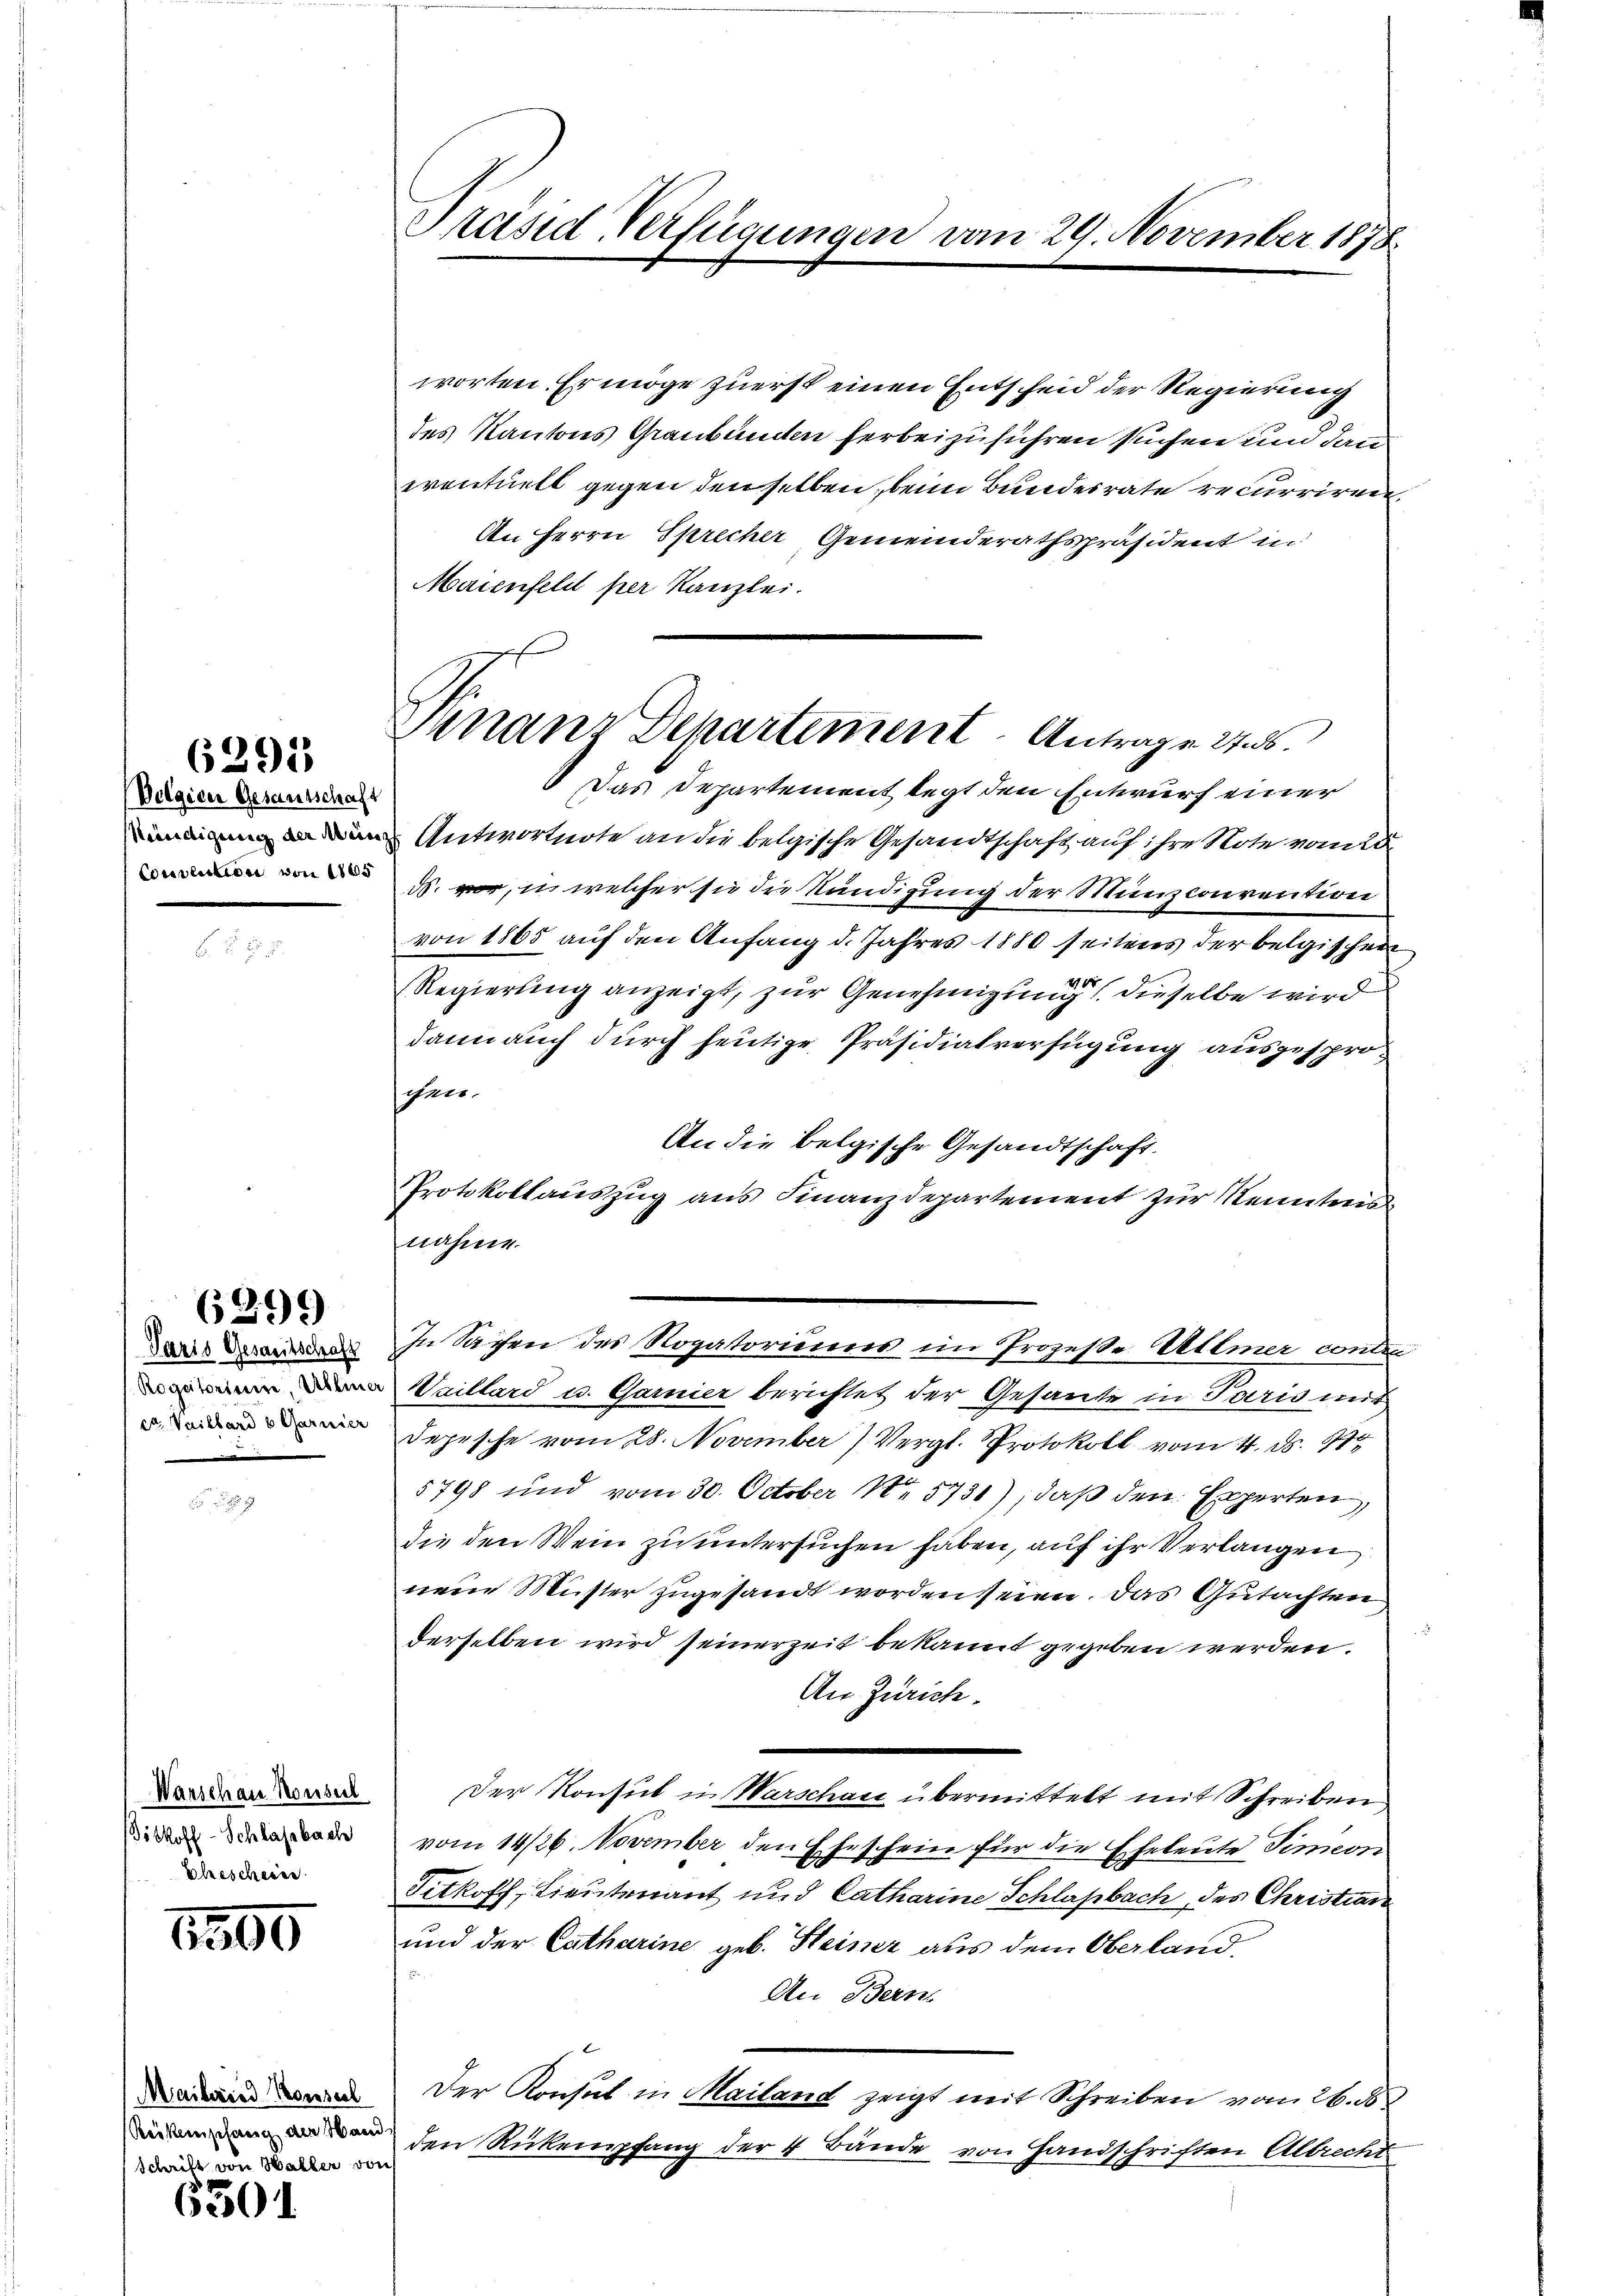
Polgien Gesamtschaft
Convention von 1865

6291

Paris Gesamtschaft
Rogatorinne, blie
et. Vaillard 8 Garnier

6299

Warschau Konsul
Biskoff-Schlassbach
Eleescheien.

1500

MMaiberie Konsech
Reckenschang der Hand
Schrift von Waller von

6301

Präsid Verfügungen vom 29. November 1878

Finanz Departement Antrage 1786.

worten Ermöge zuerst einen Entscheid der Regierung
des Kantons Graubünden herbeizuführen suchen und dann
eventuell gegen denselben, beim Bundesrate recurriren.
An Herrn Sprecher Gemeinderathspräsident in
Maienfeld per Kanzlei.
6 Das Departement legt den Entwurf einer
Antwortnote an die belgische Gesandtschaft auf ihre Note vom 23.
ds. vor, in welcher sie die Kündigung der Munzconvention
von 1865 auf den Anfang d. Jahres 1880 seitens der belgischen
Regierung anzeigt, zur Genehmigung dieselbe wird
dann auch durch heutige Präsidialverfügung ausgesproschen.
An die belgische Gesandtschaft.
Protokollauszug aus Finanzdepartement zur Kenntens
nahme.
In Sachen des Rogatorierens im Prozeße Vellmer contra
Waillard u. Garnier berichtet der Gesante in Paris mit
Depesche vom 28. November) Vergl. Protokoll vom 4. d. 170
5798 und vom 30. October 15731), daß den Experten,
die den Wein zu untersuchen haben, auf ihr Verlangen
nem Muster zugesandt worden seien. Das Gutachten
derselben wird seinerzeit bekannt gegeben werden.
An Zürich.
Der Konsul in Warschau übermittelt mit Schreiben
vom 14/26. November den Eheschein für die Eheleute Tinicon
Titkoff, Lieutenant und Catharine Schlaßbach, des Christian
und der Catharine geb. Steiner aus dem Oberland.

An Bern
Der Konsul in Mailand zeigt mit Schreiben vom 26. d
den Rückempfang der 4 Bände von Handschriften Albrecht